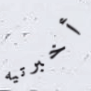
أخبرتيه